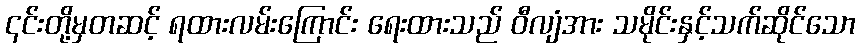
၎င်းတို့မှတဆင့် ရထားလမ်းကြောင်း ရေးထားသည် ဝီလျံအား သမိုင်းနှင့်သက်ဆိုင်သော